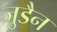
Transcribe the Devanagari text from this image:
जुडैन